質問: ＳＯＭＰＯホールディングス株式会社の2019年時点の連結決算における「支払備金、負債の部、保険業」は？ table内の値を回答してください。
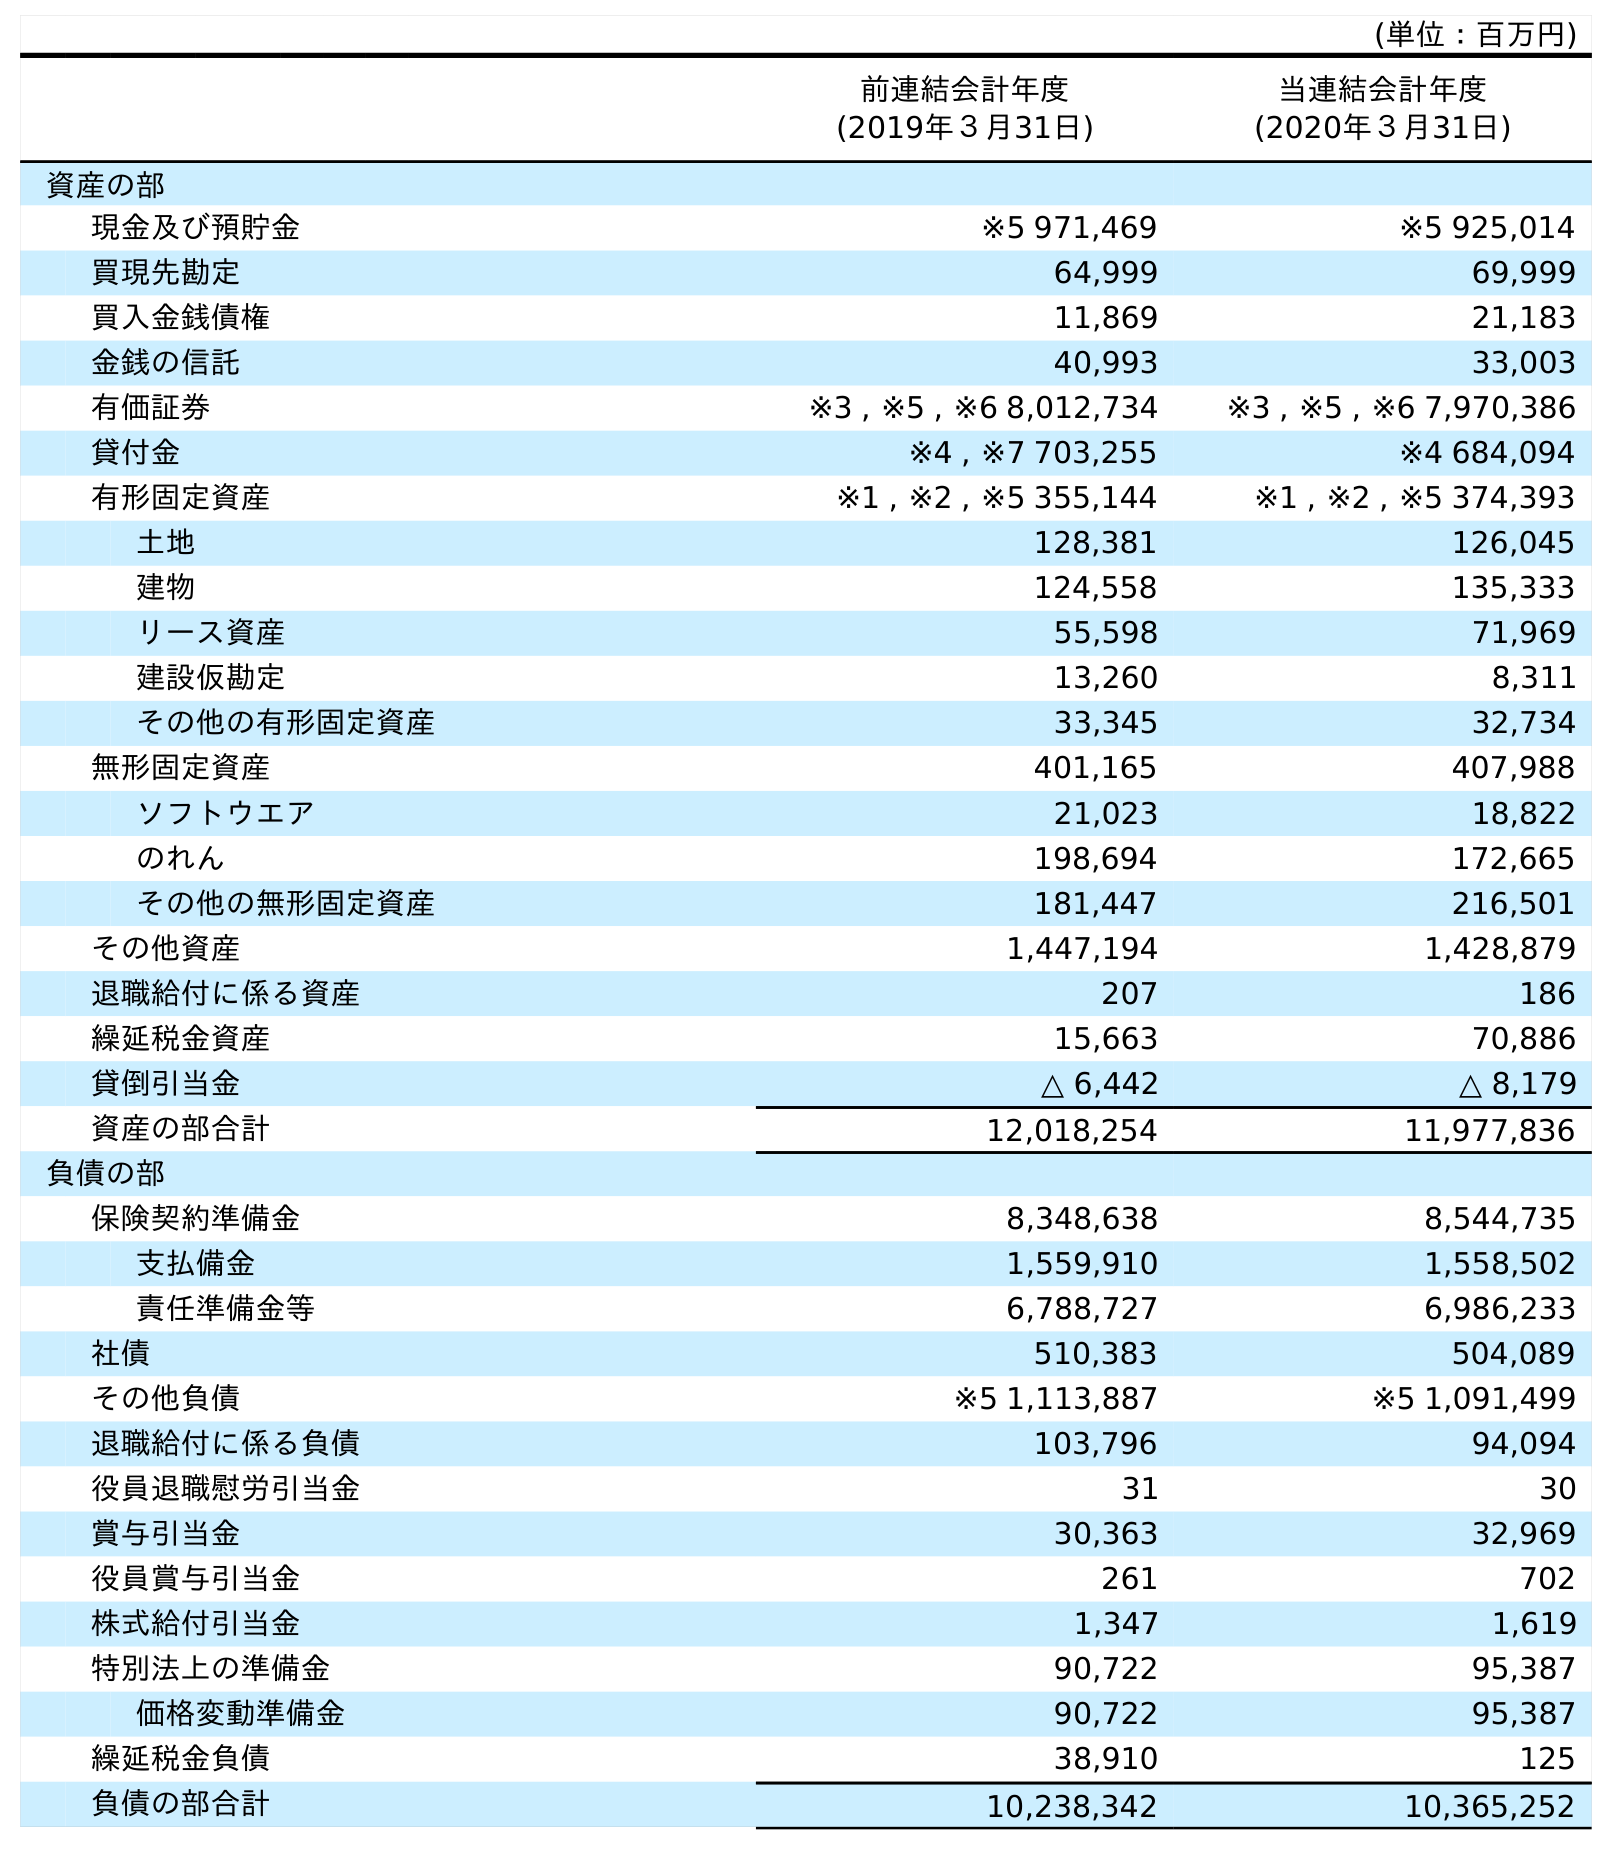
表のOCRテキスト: (単位：百万円) 前連結会計年度 (2019年３月31日) 当連結会計年度 (2020年３月31日) 資産の部 現金及び預貯金 ※5 971,469 ※5 925,014 買現先勘定 64,999 69,999 買入金銭債権 11,869 21,183 金銭の信託 40,993 33,003 有価証券 ※3 , ※5 , ※6 8,012,734 ※3 , ※5 , ※6 7,970,386 貸付金 ※4 , ※7 703,255 ※4 684,094 有形固定資産 ※1 , ※2 , ※5 355,144 ※1 , ※2 , ※5 374,393 土地 128,381 126,045 建物 124,558 135,333 リース資産 55,598 71,969 建設仮勘定 13,260 8,311 その他の有形固定資産 33,345 32,734 無形固定資産 401,165 407,988 ソフトウエア 21,023 18,822 のれん 198,694 172,665 その他の無形固定資産 181,447 216,501 その他資産 1,447,194 1,428,879 退職給付に係る資産 207 186 繰延税金資産 15,663 70,886 貸倒引当金 △ 6,442 △ 8,179 資産の部合計 12,018,254 11,977,836 負債の部 保険契約準備金 8,348,638 8,544,735 支払備金 1,559,910 1,558,502 責任準備金等 6,788,727 6,986,233 社債 510,383 504,089 その他負債 ※5 1,113,887 ※5 1,091,499 退職給付に係る負債 103,796 94,094 役員退職慰労引当金 31 30 賞与引当金 30,363 32,969 役員賞与引当金 261 702 株式給付引当金 1,347 1,619 特別法上の準備金 90,722 95,387 価格変動準備金 90,722 95,387 繰延税金負債 38,910 125 負債の部合計 10,238,342 10,365,252
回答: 1,559,910